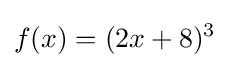
f(x)=(2x+8)^{3}